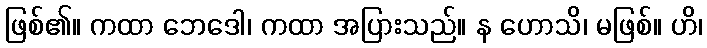
ဖြစ်၏။ ကထာ ဘေဒေါ၊ ကထာ အပြားသည်။ န ဟောသိ၊ မဖြစ်။ ဟိ၊